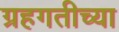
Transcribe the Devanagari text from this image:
ग्रहगतीच्या